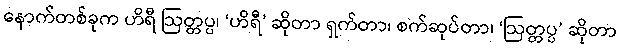
နောက်တစ်ခုက ဟိရီ ဩတ္တပ္ပ၊ ‘ဟိရီ’ ဆိုတာ ရှက်တာ၊ စက်ဆုပ်တာ၊ ‘ဩတ္တပ္ပ’ ဆိုတာ